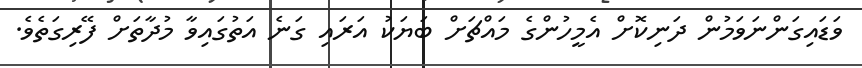
ވަޑައިގަންނަވަމުން ދަނިކޮށް އެމީހުންގެ މައްޗަށް ބަޔަކު އަރައި ގަނެ އަތުގައިވާ މުދާތަށް ފޭރިގަތެވެ.